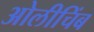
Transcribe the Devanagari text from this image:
ओलीचिंब